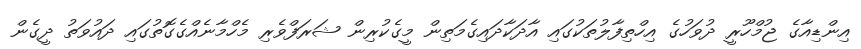
އިންޑިއާގެ ޖުމްހޫރީ ދުވަހުގެ އިހްތިފާލުތަކުގައި އާދަކާދައިގެމަތިން މީގެކުރިން ޝަރަފްވެރި މެހްމާނެއްގެގޮތުގައި ދައުވަތު ދީގެން